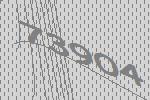
73904